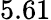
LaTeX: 5.61